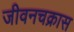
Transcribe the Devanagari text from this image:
जीवनचक्रास